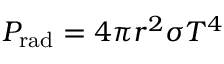
P _ { \mathrm { { r a d } } } = 4 \pi r ^ { 2 } \sigma T ^ { 4 }